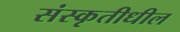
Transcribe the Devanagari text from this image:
संस्कृतीधील